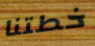
خطتنا